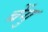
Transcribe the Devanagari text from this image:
बेंगु